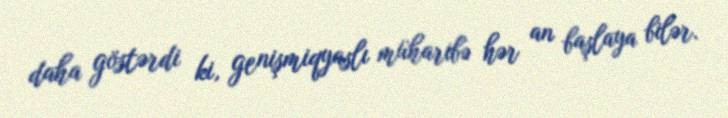
daha göstərdi ki, genişmiqyaslı müharibə hər an başlaya bilər.